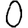
Digit: 0